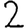
Digit: 2